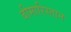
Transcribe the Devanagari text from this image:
बीमारिस्तान